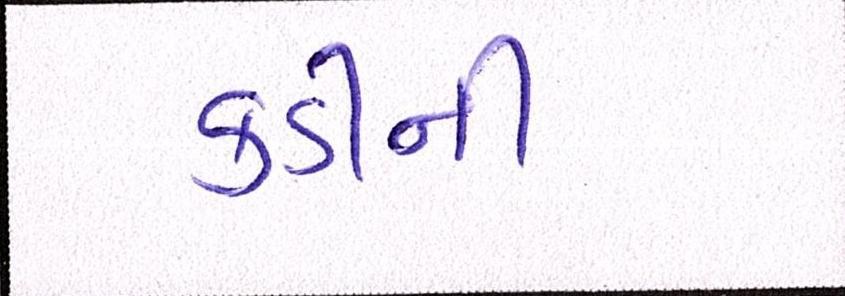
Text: કડીની